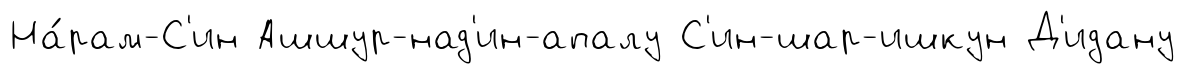
На́рам-С'ин Ашшур-над'ин-апалу С'ин-шар-ишкун Д'идану